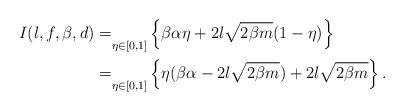
LaTeX: \begin{align*} I(l,f,\beta,d)=&\underset{\eta \in [0,1]}{}\left\{\beta\alpha\eta+2l\sqrt{2\beta m}(1-\eta)\right\} \\=& \underset{\eta \in [0,1]}{}\left\{\eta(\beta\alpha-2l\sqrt{2\beta m})+2l\sqrt{2\beta m}\right\}. \end{align*}